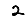
Digit: 2